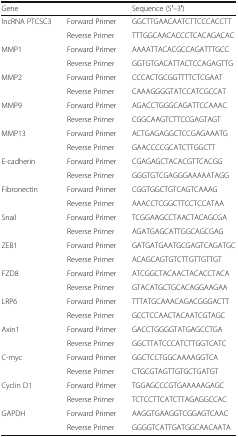
<table><thead><tr><td><b>Gene</b></td><td></td><td><b>Sequence (5′–3′)</b></td></tr></thead><tbody><tr><td>lncRNA PTCSC3</td><td>Forward Primer</td><td>GGCTTGAACAATCTTCCCACCTT</td></tr><tr><td></td><td>Reverse Primer</td><td>TTTGGCAACACCCTCACAGACAC</td></tr><tr><td>MMP1</td><td>Forward Primer</td><td>AAAATTACACGCCAGATTTGCC</td></tr><tr><td></td><td>Reverse Primer</td><td>GGTGTGACATTACTCCAGAGTTG</td></tr><tr><td>MMP2</td><td>Forward Primer</td><td>CCCACTGCGGTTTTCTCGAAT</td></tr><tr><td></td><td>Reverse Primer</td><td>CAAAGGGGTATCCATCGCCAT</td></tr><tr><td>MMP9</td><td>Forward Primer</td><td>AGACCTGGGCAGATTCCAAAC</td></tr><tr><td></td><td>Reverse Primer</td><td>CGGCAAGTCTTCCGAGTAGT</td></tr><tr><td>MMP13</td><td>Forward Primer</td><td>ACTGAGAGGCTCCGAGAAATG</td></tr><tr><td></td><td>Reverse Primer</td><td>GAACCCCGCATCTTGGCTT</td></tr><tr><td>E-cadherin</td><td>Forward Primer</td><td>CGAGAGCTACACGTTCACGG</td></tr><tr><td></td><td>Reverse Primer</td><td>GGGTGTCGAGGGAAAAATAGG</td></tr><tr><td>Fibronectin</td><td>Forward Primer</td><td>CGGTGGCTGTCAGTCAAAG</td></tr><tr><td></td><td>Reverse Primer</td><td>AAACCTCGGCTTCCTCCATAA</td></tr><tr><td>Snail</td><td>Forward Primer</td><td>TCGGAAGCCTAACTACAGCGA</td></tr><tr><td></td><td>Reverse Primer</td><td>AGATGAGCATTGGCAGCGAG</td></tr><tr><td>ZEB1</td><td>Forward Primer</td><td>GATGATGAATGCGAGTCAGATGC</td></tr><tr><td></td><td>Reverse Primer</td><td>ACAGCAGTGTCTTGTTGTTGT</td></tr><tr><td>FZD8</td><td>Forward Primer</td><td>ATCGGCTACAACTACACCTACA</td></tr><tr><td></td><td>Reverse Primer</td><td>GTACATGCTGCACAGGAAGAA</td></tr><tr><td>LRP6</td><td>Forward Primer</td><td>TTTATGCAAACAGACGGGACTT</td></tr><tr><td></td><td>Reverse Primer</td><td>GCCTCCAACTACAATCGTAGC</td></tr><tr><td>Axin1</td><td>Forward Primer</td><td>GACCTGGGGTATGAGCCTGA</td></tr><tr><td></td><td>Reverse Primer</td><td>GGCTTATCCCATCTTGGTCATC</td></tr><tr><td>C-myc</td><td>Forward Primer</td><td>GGCTCCTGGCAAAAGGTCA</td></tr><tr><td></td><td>Reverse Primer</td><td>CTGCGTAGTTGTGCTGATGT</td></tr><tr><td>Cyclin D1</td><td>Forward Primer</td><td>TGGAGCCCGTGAAAAAGAGC</td></tr><tr><td></td><td>Reverse Primer</td><td>TCTCCTTCATCTTAGAGGCCAC</td></tr><tr><td>GAPDH</td><td>Forward Primer</td><td>AAGGTGAAGGTCGGAGTCAAC</td></tr><tr><td></td><td>Reverse Primer</td><td>GGGGTCATTGATGGCAACAATA</td></tr></tbody></table>